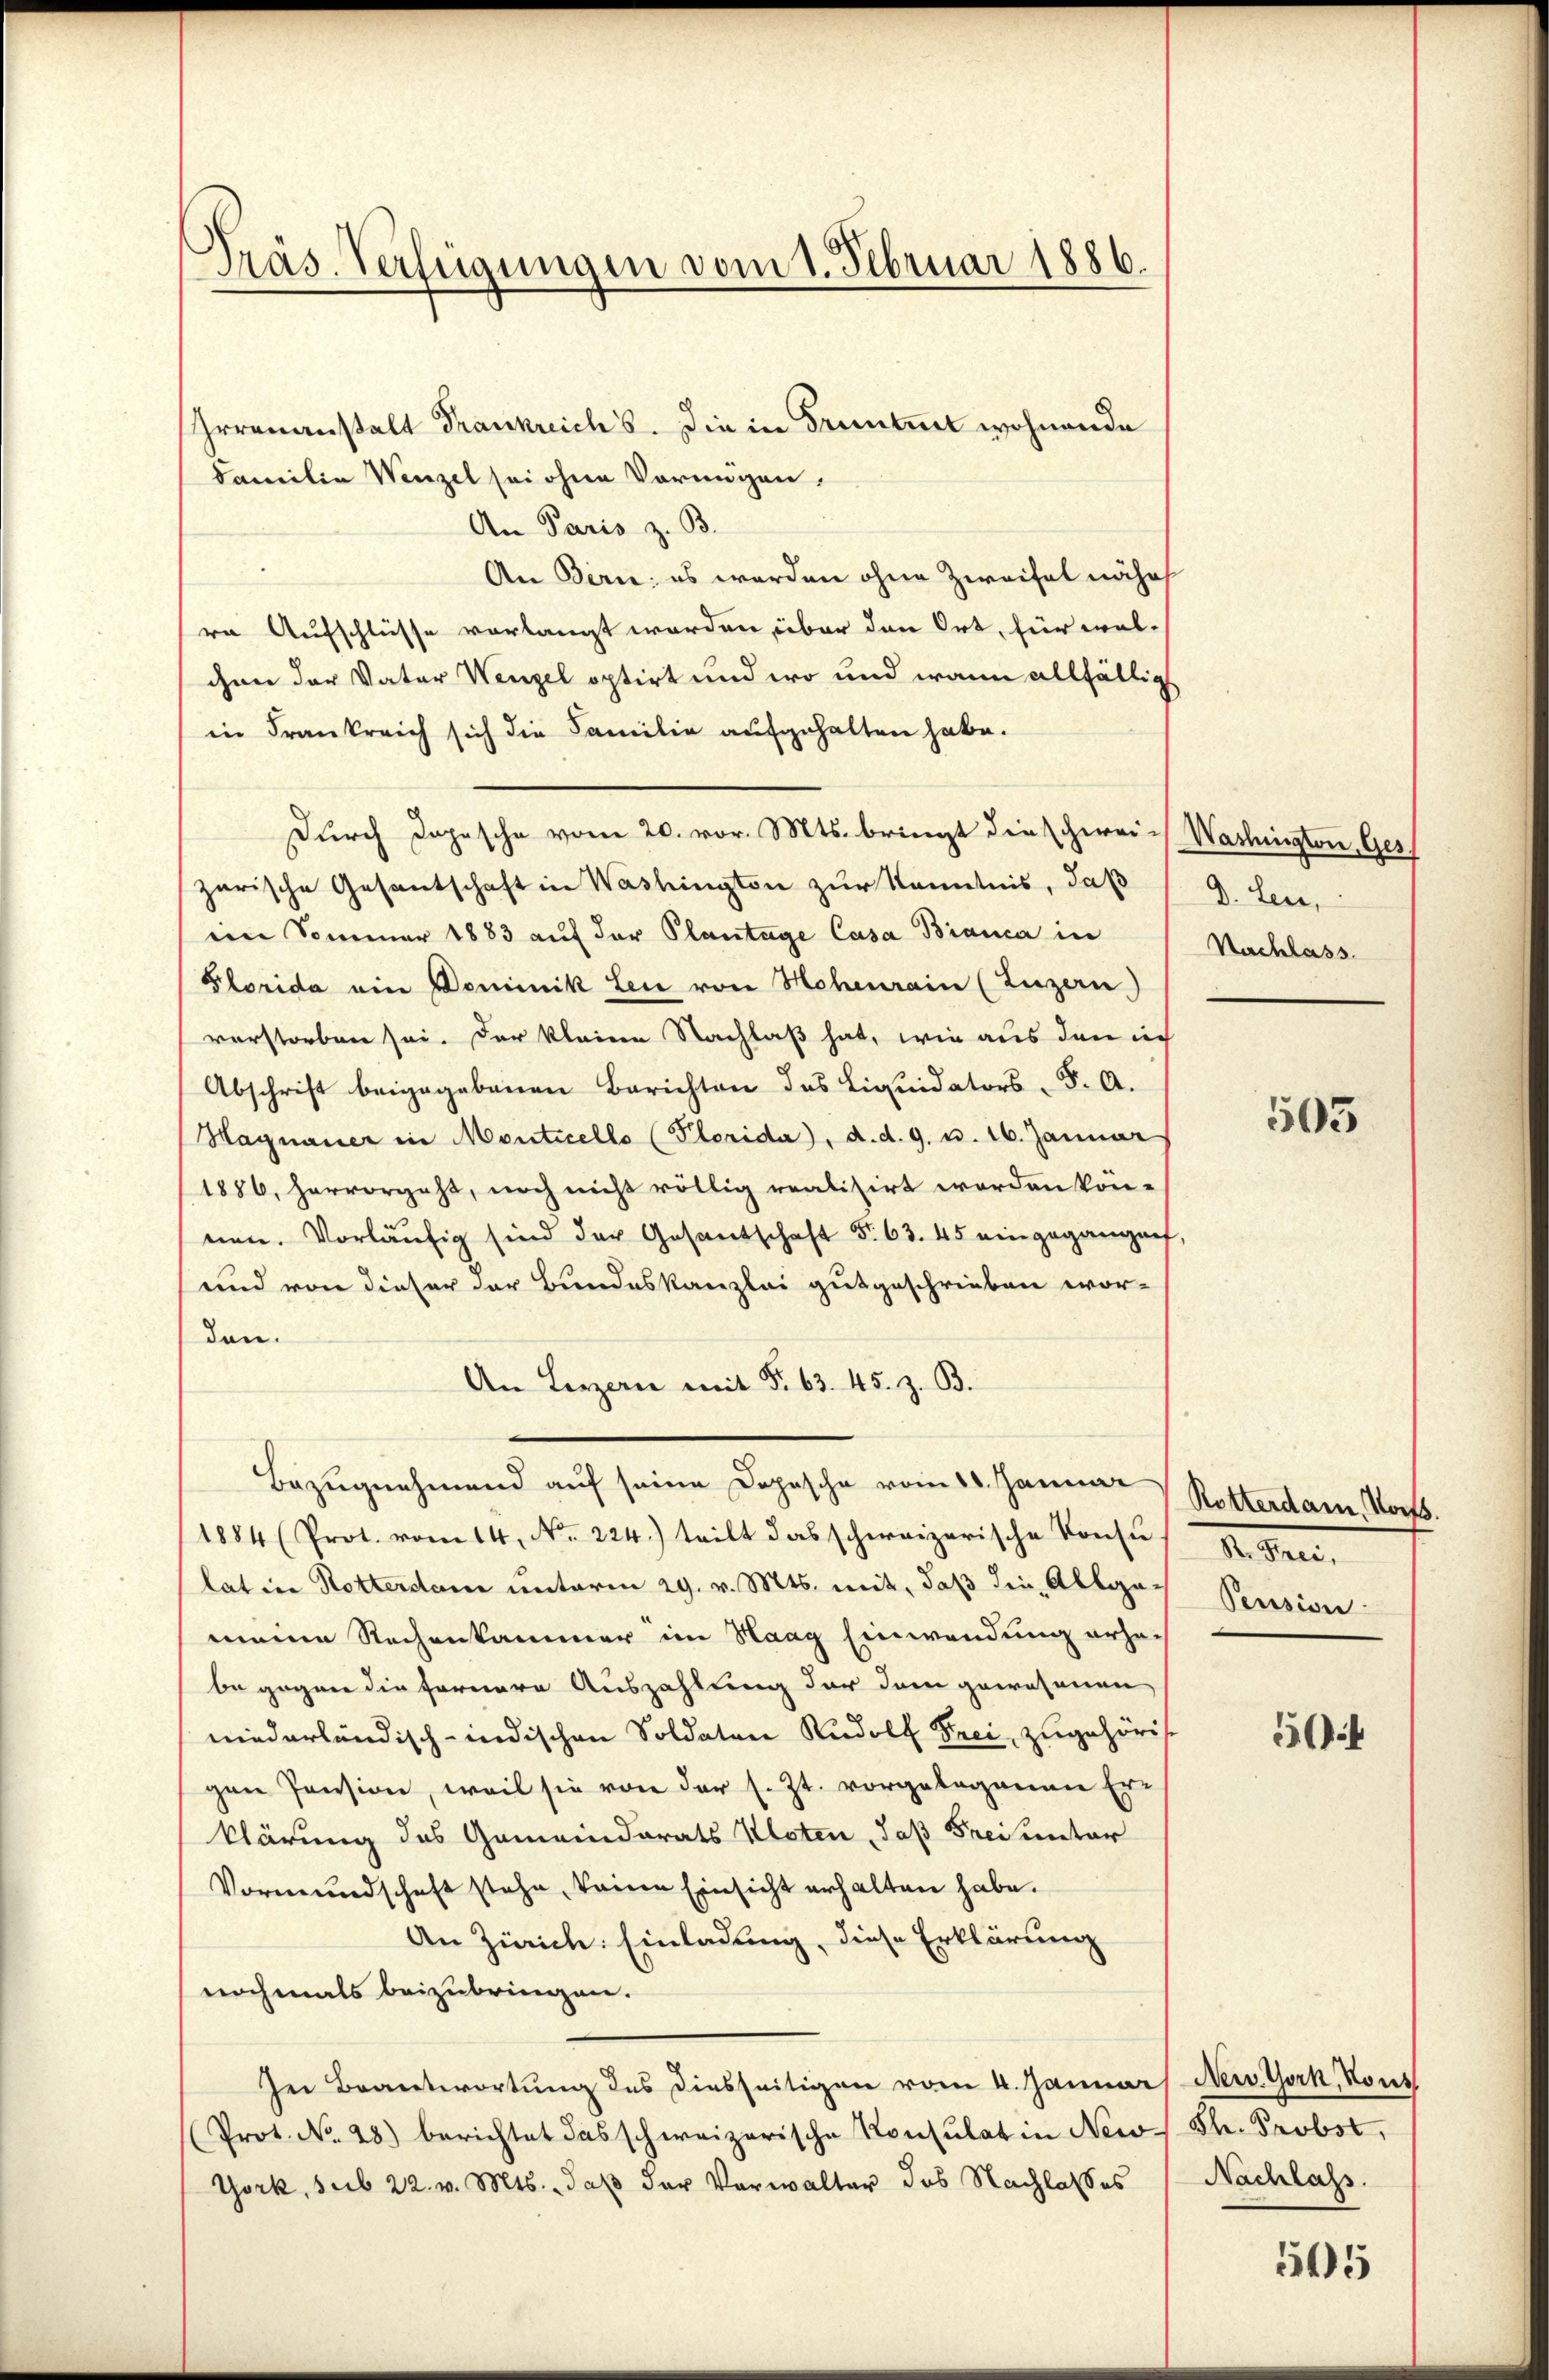
Präs. Verfügungen vom 1. Februar 1886.

Irrenanstalt Frankreichs. Die in Truntert wohnende
Familia Wenzel sei ohne Vermögen.
An Paris z. B.
An Bern; es werden ohne Zweifel nähe
re Aufschlüsse vorlangt werden, über den Ort, für wel-
chen der Vater Wenzel optirt und wo und wann allfällig
in Frankreich sich die Familie aufgehalten habe.
Durch Dopische vom 20. vor. Mts. bringt die schwei- Washington, Ges
zarische Gesantschaft in Washington zur Kenntnis, daß
ein Sommer 1883 auf der Plantage Casa Bianca in
Plorida ein Dominik Leu von Hohenrain (Luzern)
verstorben sei. Der kleine Nachlaß hat, wie aus den ich
Abschrift beigegebenen Berichten des Liquidators S. A.
Hagnauer in Monticello (Plorida), d. d. 9. u. 16. Januar
1886, hervorgeht, noch nicht völlig realisirt worden kön-
nen. Vorläŭfig sind der Gesantschaft Fr. 63. 45 eingegangen,
und von dieser der Bundeskanzlei gutgeschrieben wor-
den.
An Lezzern mit §. 63. 45. z. B.
Bezugnahmend auf seine Depesche vom 16. Januar Rotterdam, Worts.
1884 (Prot. vom 14. No. 224.) teilt das schweizerische Konsulatine Notterdam unterm 29. v. Mts. mit, daß die Albgameine Rechenkammer im Haag Einwendung erho-
be gegen die fernere Auszahlung der dem gewesenen
niederländisch-indischen Soldaten Rudolf Frei, zugehörig
gen Pension, weil sie von der s. Zt. vorgelegenen Er-
klärung des Gemeinderats Kloten, daß Freiunter
Vormundschaft stehe, keine Einsicht erhalten habe.
An Zürich: Einladung, diese Erklärung
nochmals beizubringen.
In Beantwortung des diesseitigen vom 4. Januar New York, Kont
(Prot. No. 28.) berichtet das schweizerische Konsulat in New-Sh. Probst,
York, sub 22. v. Mts., daß der Vorwalter des Nachlasses

D. Leu,
Nachlass.

505

I. e.
Pension

54

Nachlass.

515